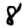
Digit: 8